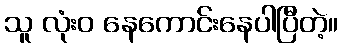
သူ လုံးဝ နေကောင်းနေပါပြီတဲ့။